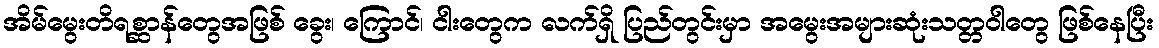
အိမ်မွေးတိရစ္ဆာန်တွေအဖြစ် ခွေး၊ ကြောင်၊ ငါးတွေက လက်ရှိ ပြည်တွင်းမှာ အမွေးအများဆုံးသတ္တဝါတွေ ဖြစ်နေပြီး